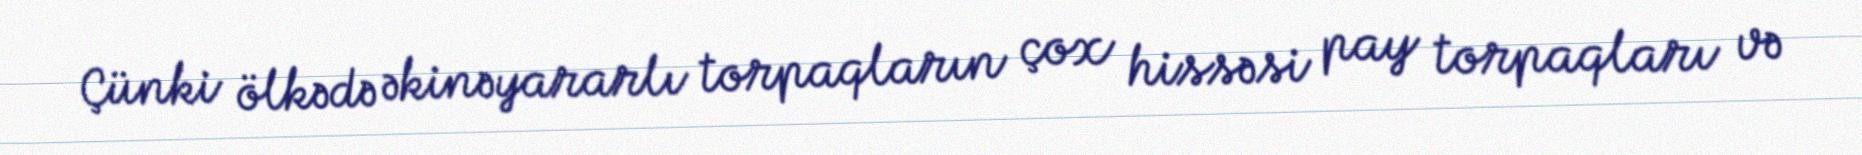
Çünki ölkədə əkinəyararlı torpaqların çox hissəsi pay torpaqları və